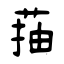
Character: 菗